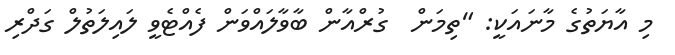
މި އާޔަތުގެ މާނައަކީ: "ތިމަން  ގުރްއާން ބާވާލައްވަން ފެއްޓެވީ ލައިލަތުލް ގަދްރި